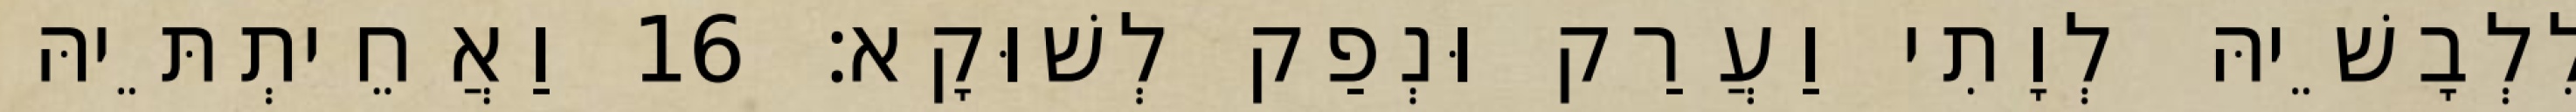
לִלְבָשֵׁיהּ לְוָתִי וַעֲרַק וּנְפַק לְשׁוּקָא׃ 16 וַאֲחֵיתְתֵּיהּ